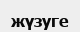
жүзуге